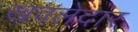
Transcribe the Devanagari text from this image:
खवलेदार